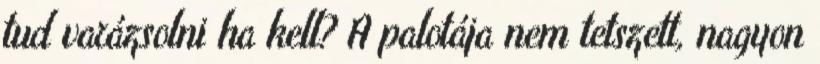
tud varázsolni ha kell? A palotája nem tetszett, nagyon